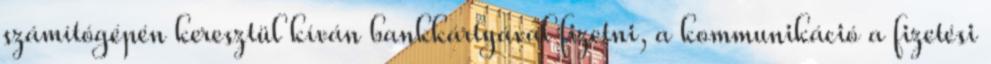
számítógépén keresztül kíván bankkártyával fizetni, a kommunikáció a fizetési